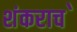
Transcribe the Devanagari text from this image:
शंकराच॓